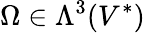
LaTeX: \Omega\in\Lambda^{3}(V^{*})